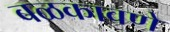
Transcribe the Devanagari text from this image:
बळकावणे